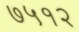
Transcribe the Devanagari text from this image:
७५१२